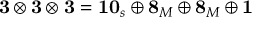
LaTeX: \mathbf { 3 } \otimes \mathbf { 3 } \otimes \mathbf { 3 } = \mathbf { 1 0 } _ { s } \oplus \mathbf { 8 } _ { M } \oplus \mathbf { 8 } _ { M } \oplus \mathbf { 1 }